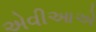
એવીઆએ